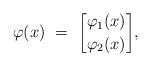
LaTeX: \begin{align*}\varphi(x) \ = \ { \varphi_1(x) \brack \varphi_2(x)} ,\end{align*}